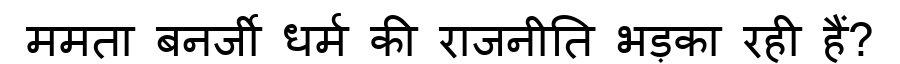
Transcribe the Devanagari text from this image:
ममता बनर्जी धर्म की राजनीति भड़का रही हैं?